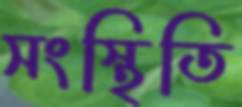
সংস্থিতি